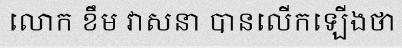
លោក ខឹម វាសនា បានលើកឡើងថា